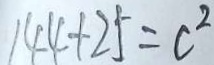
1 4 4 + 2 5 = c ^ { 2 }